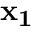
\mathbf { x _ { 1 } }